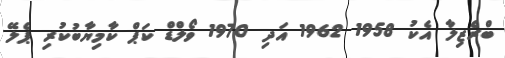
ބްރެޒިލާ އެކު 1958 1962 އަދި 1970 ވޯލްޑް ކަޕް ކާމިޔާބުކުރި ޕެލޭ